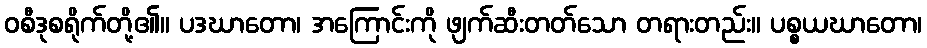
ဝစီဒုစရိုက်တို့၏။ ပဒဃာတော၊ အကြောင်းကို ဖျက်ဆီးတတ်သော တရားတည်း။ ပစ္စယဃာတော၊